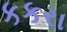
કકરા